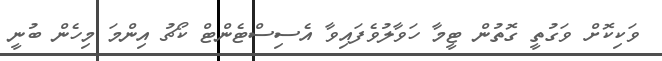
ވަކިކޮށް ވަގުތީ ގޮތުން ޓީމާ ހަވާލުވެފައިވާ އެސިސްޓެންޓް ކޯޗު އިންމަ މިހެން ބުނީ